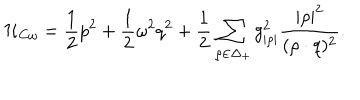
LaTeX: { \cal H } _ { C \omega } = { \frac { 1 } { 2 } } p ^ { 2 } + { \frac { 1 } { 2 } } \omega ^ { 2 } q ^ { 2 } + { \frac { 1 } { 2 } } \sum _ { \rho \in \Delta _ { + } } { g _ { | \rho | } ^ { 2 } } { \frac { | \rho | ^ { 2 } } { ( \rho \cdot q ) ^ { 2 } } } .